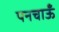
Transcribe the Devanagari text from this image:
पनचाऊँ